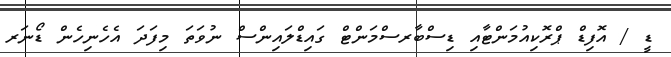
ޑީ / އޮފިޑް ޕްރޮކިއުމަންޓާއި ޑިސްބާރސްމަންޓް ގައިޑްލައިންސް ނުވަތަ މިފަދަ އެހެނިހެން ޑޯނަރ